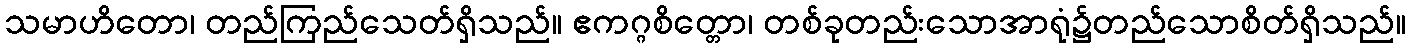
သမာဟိတော၊ တည်ကြည်သေတ်ရှိသည်။ ဧကဂ္ဂစိတ္တော၊ တစ်ခုတည်းသောအာရုံ၌တည်သောစိတ်ရှိသည်။